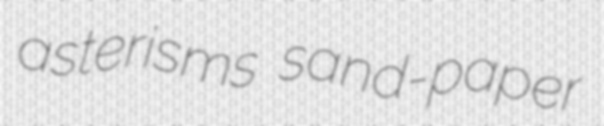
asterisms sand-paper